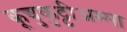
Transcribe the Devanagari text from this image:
कूचुकुट्टीअम्मा